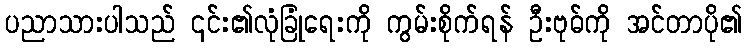
ပညာသားပါသည် ၎င်း၏လုံခြုံရေးကို ကွမ်းစိုက်ရန် ဦးဗုဓ်ကို အင်တာပို၏